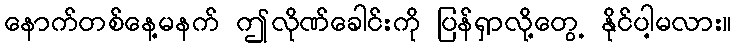
နောက်တစ်နေ့မနက် ဤလိုဏ်ခေါင်းကို ပြန်ရှာလို့တွေ့ နိုင်ပါ့မလား။